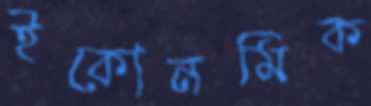
ইকোনমিক